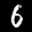
Label: 6